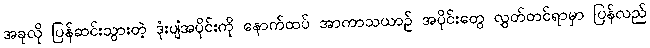
အခုလို ပြန်ဆင်းသွားတဲ့ ဒုံးပျံအပိုင်းကို နောက်ထပ် အာကာသယာဉ် အပိုင်းတွေ လွှတ်တင်ရာမှာ ပြန်လည်